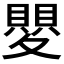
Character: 𭐯